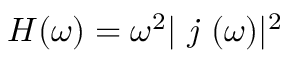
H ( \omega ) = \omega ^ { 2 } \vert \textit { j } ( \omega ) \vert ^ { 2 }